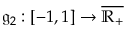
\mathfrak { g } _ { 2 } : [ - 1 , 1 ] \to \overline { { \mathbb { R } _ { + } } }